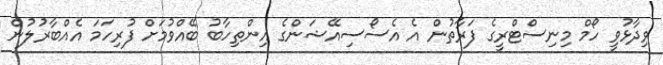
ވިދާޅުވީ ހޯމް މިނިސްޓްރީގެ ފަރާތުން އެ އެސޯސިއޭޝަންގެ އިންތިހާބު ބޭއްވުމަށް ފުރިހަމަ އެއްބާރުލުން